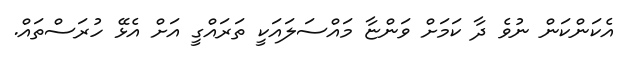
އެކަންކަން ނުވެ ދާ ކަމަށް ވަންޏާ މައްސަލައަކީ ތަރައްގީ އަށް އެޅޭ ހުރަސްތައް.